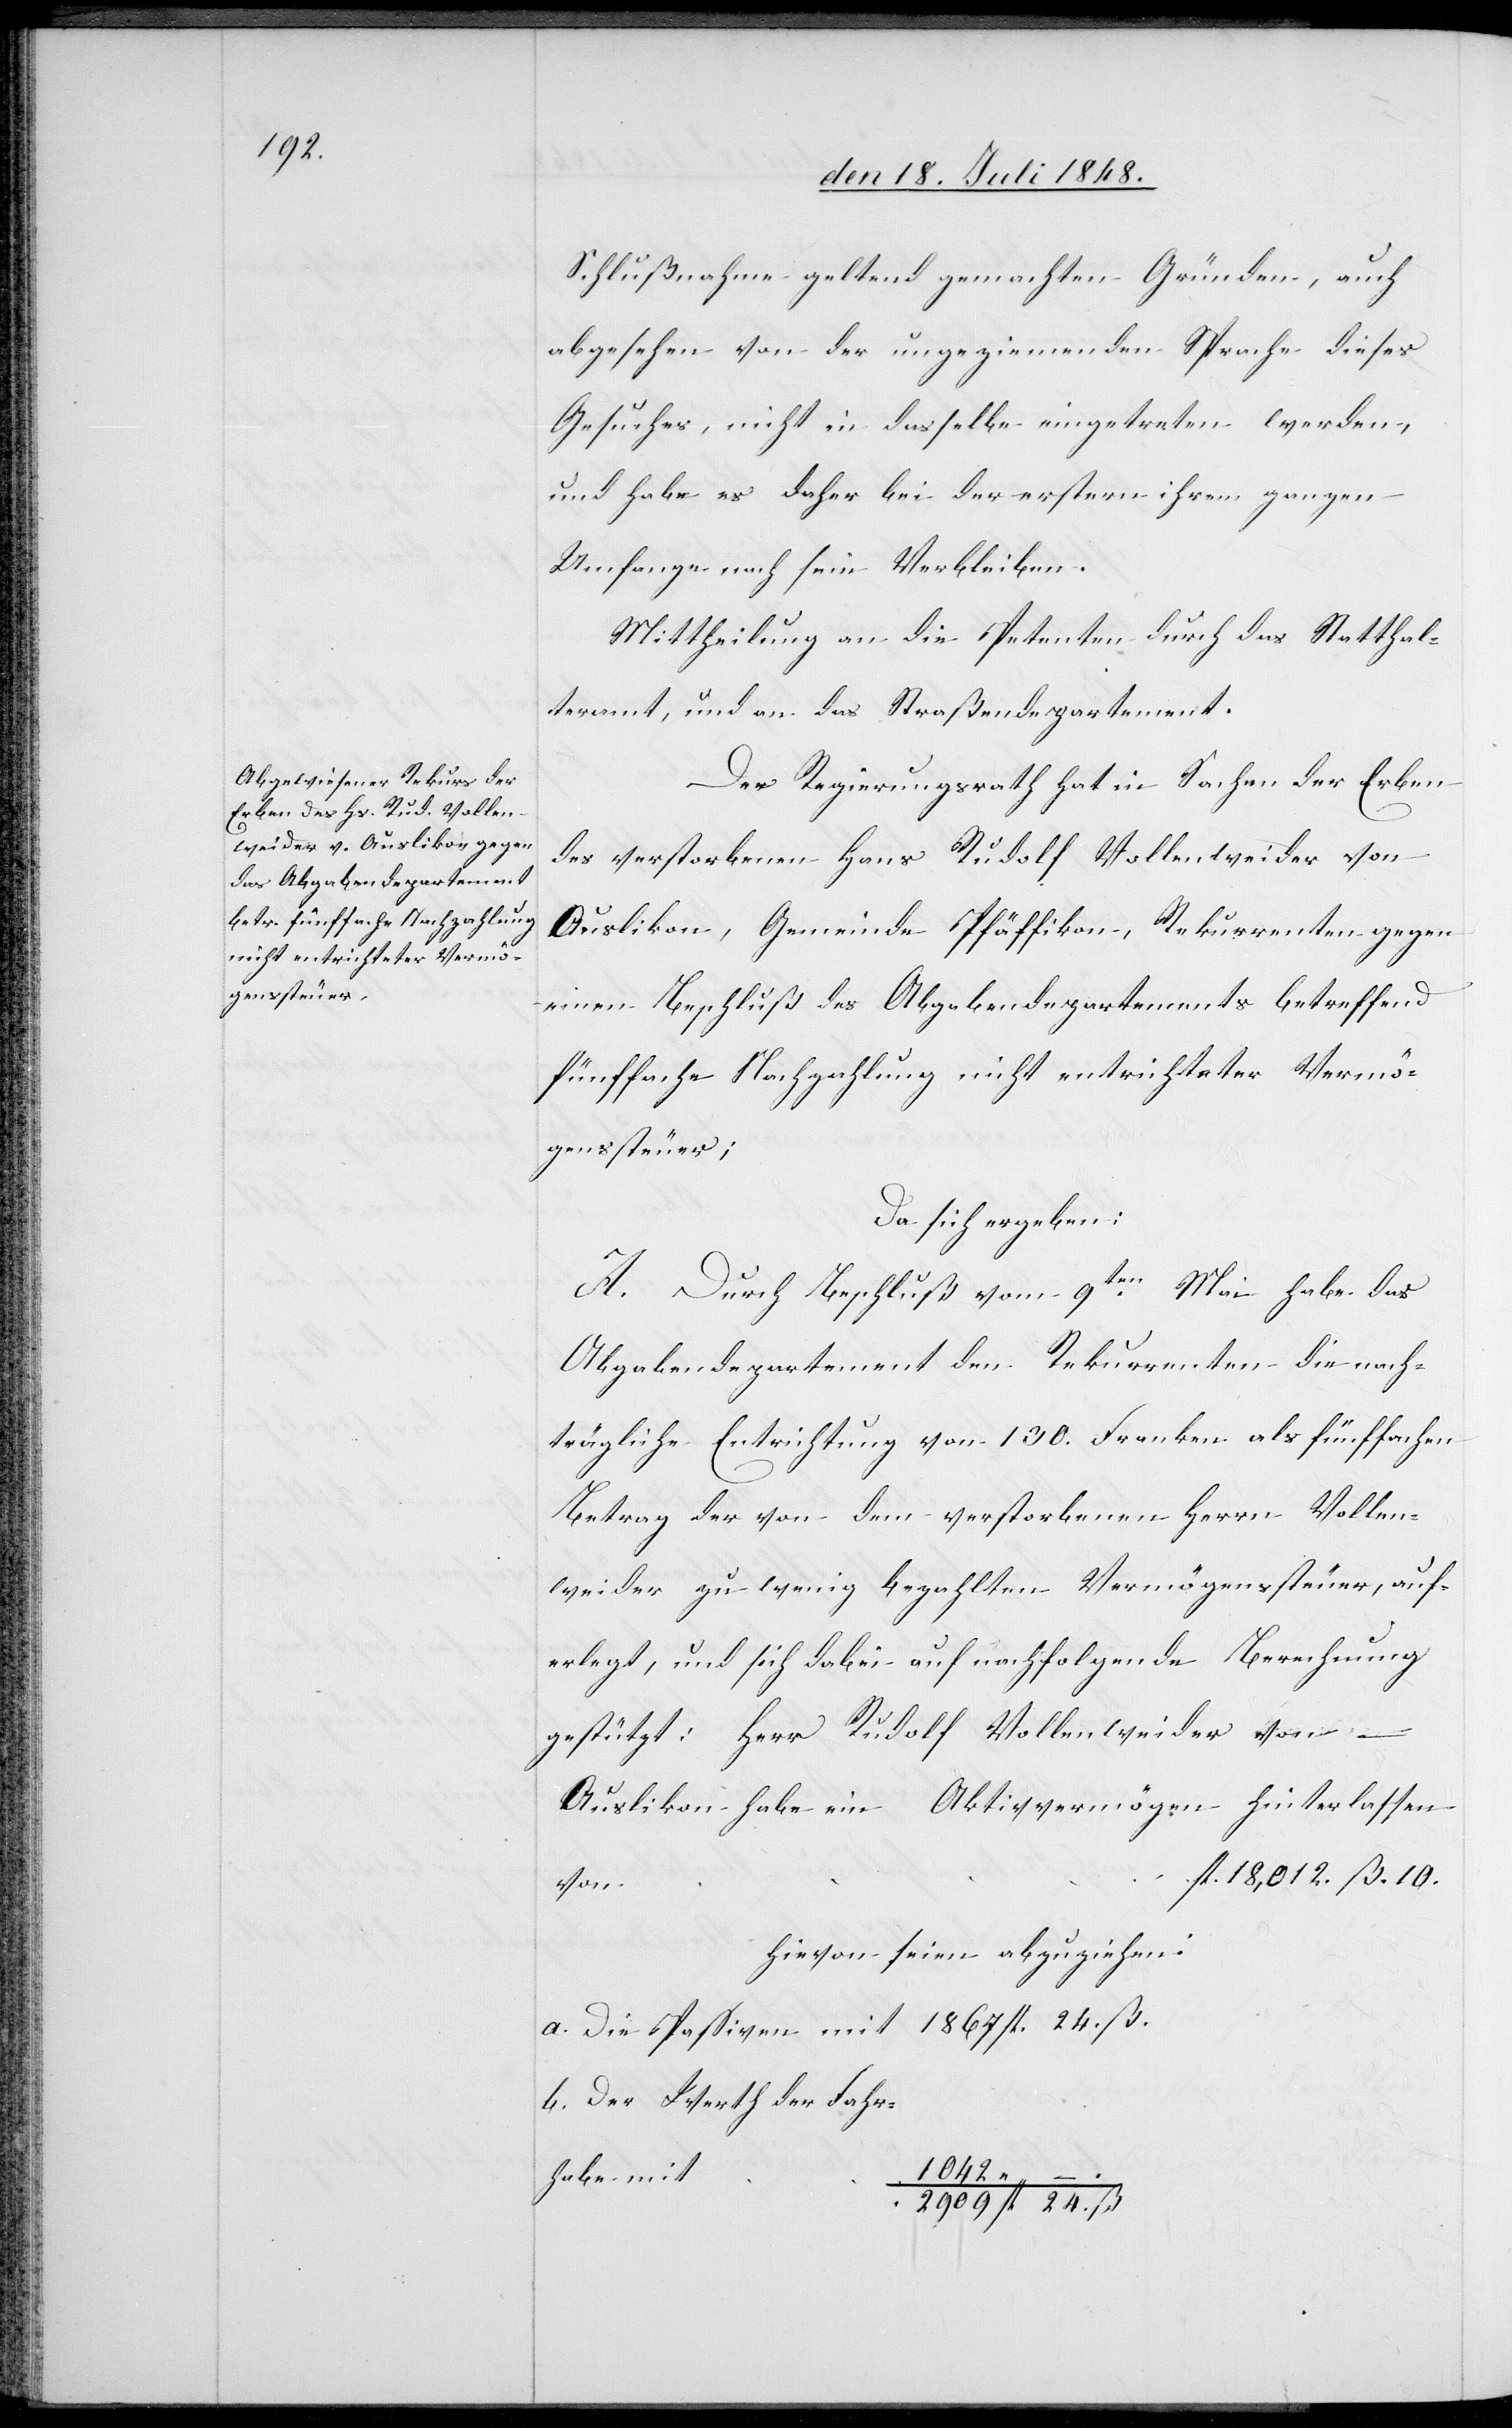
Schlußnahme geltend gemachten Gründen, auch
abgesehen von der ungeziemenden Sprache dieses
Gesuches, nicht in dasselbe eingetreten werden,
und habe es daher bei der erstern ihren ganzen
Umfange nach sein Verbleiben.
Mittheilung an die Petenten durch das Statthal¬
teramt, und an das Straßendepartement.
Der Regierungsrath hat in Sachen der Erben
des verstorbenen Hans Rudolf Vollenweider von
Auslikon, Gemeinde Pfäffikon, Rekurrenten gegen
einen Beschluß des Abgabendepartements betreffend
fünffache Nachzahlung nicht entrichteter Vermö¬
genssteuer;
da sich ergeben:
A. Durch Beschluß vom 9ten Mai habe das
Abgabendepartement den Rekurrenten die nach¬
trägliche Entrichtung von 130. Franken als fünffachen
Betrag der von dem verstorbenen Herrn Vollen¬
weider zu wenig bezahlten Vermögenssteuer, auf¬
erlegt, und sich dabei auf nachfolgende Berechnung
gestützt: Herr Rudolf Vollenweider von –
Auslikon habe ein Aktivvermögen hinterlassen
fl. 18,012. ß. 10.
hievon seien abzuziehen:
a. Die Paßiven mit 	1867. fl. 24. ß.
b. der Werth der Fahr¬
habe	1042.
2909. fl. 24. ß.